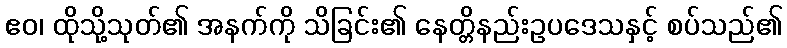
ဧဝ၊ ထိုသို့သုတ်၏ အနက်ကို သိခြင်း၏ နေတ္တိနည်းဥပဒေသနှင့် စပ်သည်၏